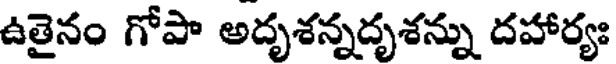
ఉతైనం గోపా అదృశన్నదృశన్ను దహార్యః